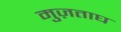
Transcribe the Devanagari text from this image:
मुज़ताघ